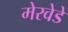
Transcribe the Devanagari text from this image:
मेरवेडे